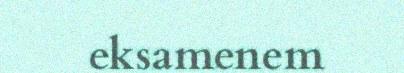
eksamenem